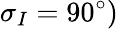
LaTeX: \sigma_{I}=90^{\circ})